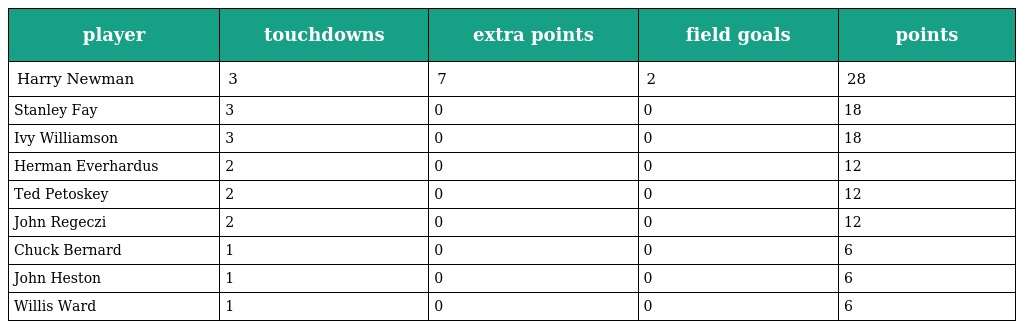
| player | touchdowns | extra points | field goals | points |
 | --- | --- | --- | --- | --- |
 | Harry Newman | 3 | 7 | 2 | 28 |
 | Stanley Fay | 3 | 0 | 0 | 18 |
 | Ivy Williamson | 3 | 0 | 0 | 18 |
 | Herman Everhardus | 2 | 0 | 0 | 12 |
 | Ted Petoskey | 2 | 0 | 0 | 12 |
 | John Regeczi | 2 | 0 | 0 | 12 |
 | Chuck Bernard | 1 | 0 | 0 | 6 |
 | John Heston | 1 | 0 | 0 | 6 |
 | Willis Ward | 1 | 0 | 0 | 6 |